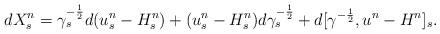
LaTeX: \begin{align*}dX_s^n = \gamma_s^{-\frac12} d(u_s^n-H_s^n) + (u_s^n-H_s^n)d\gamma_s^{-\frac12} + d[\gamma^{-\frac12},u^n-H^n]_s.\end{align*}